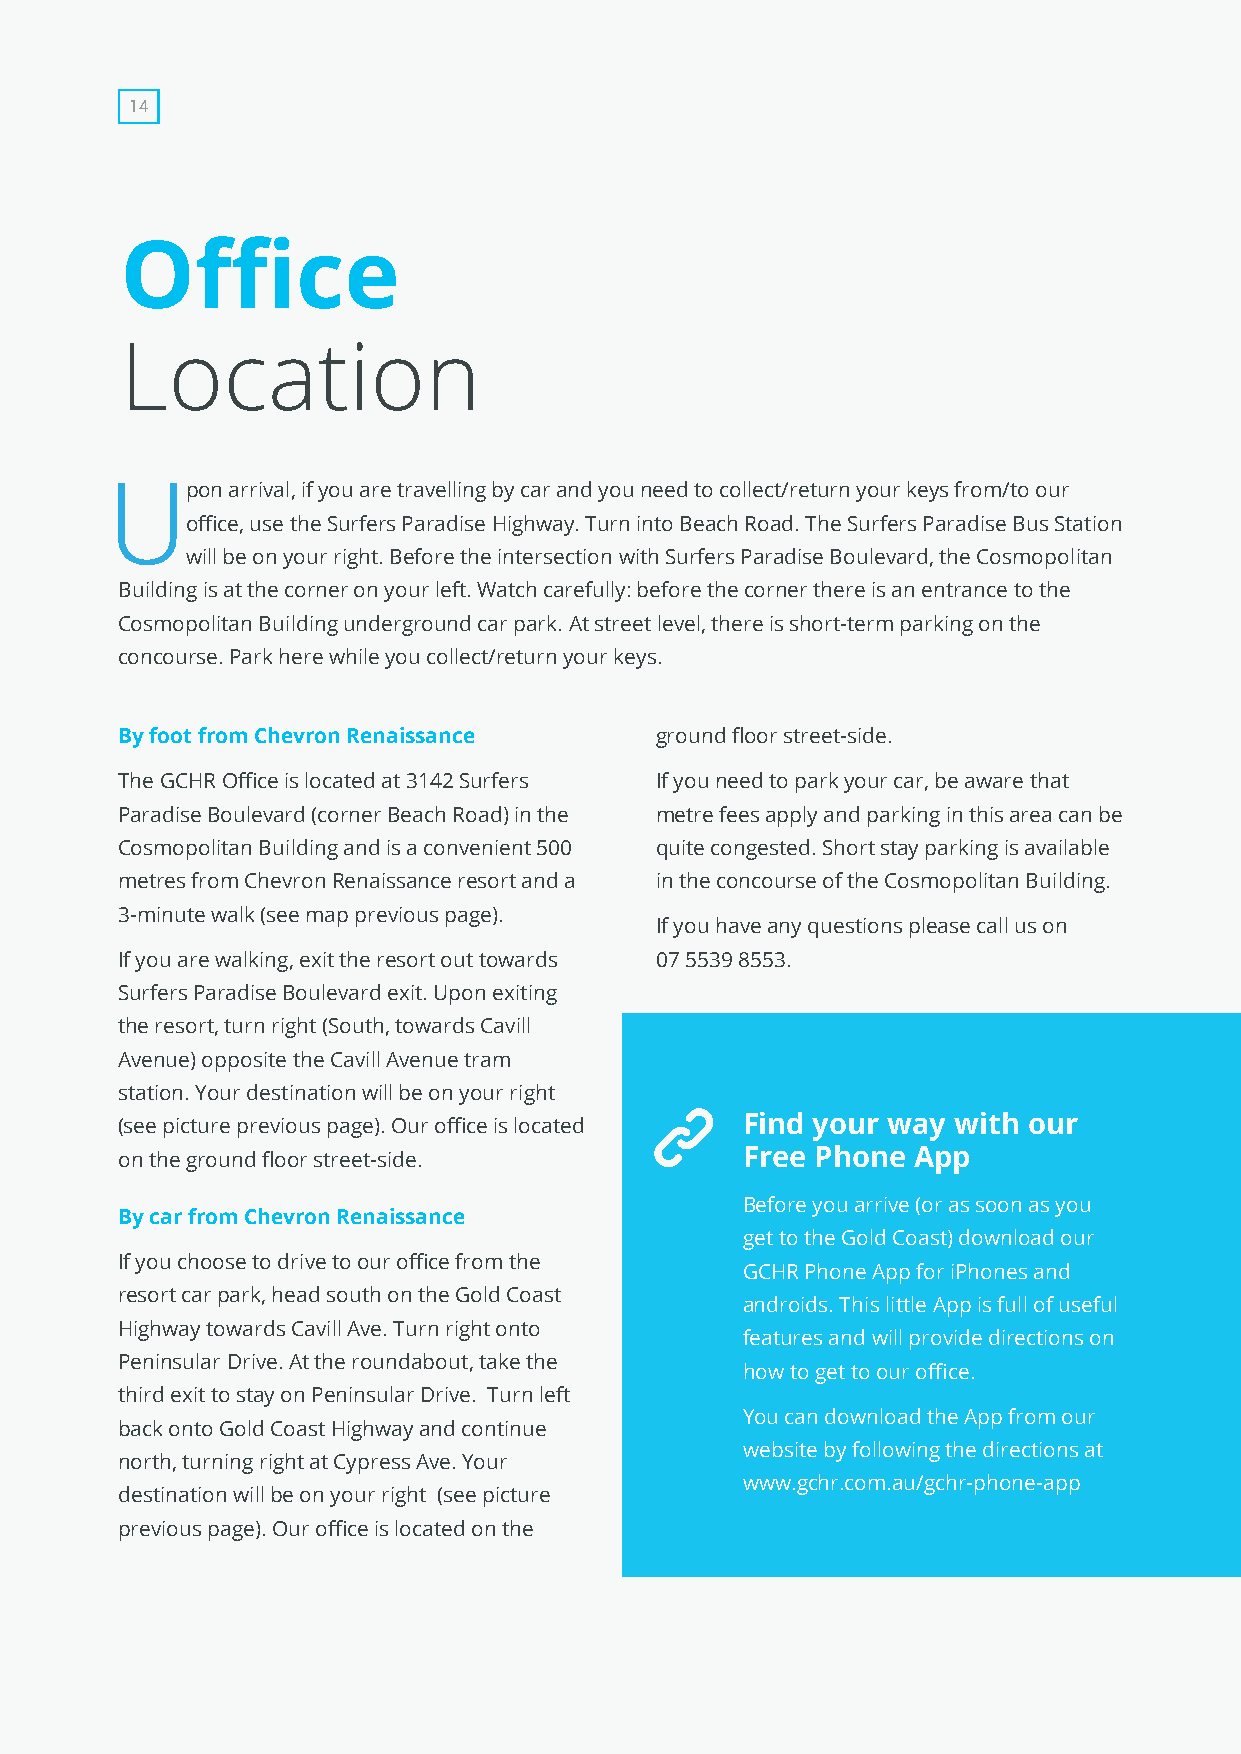
14
 Office
 Location
 Upon    arrival, if you are travelling by car and you need to collect/return your keys from/to our
 office, use the Surfers Paradise Highway. Turn into Beach Road. The Surfers Paradise Bus Station
 will be on your right. Before the intersection with Surfers Paradise Boulevard, the Cosmopolitan
 Building is at the corner on your left. Watch carefully: before the corner there is an entrance to the
 Cosmopolitan Building underground car park. At street level, there is short-term parking on the
 concourse. Park here while you collect/return your keys.
 By foot from Chevron Renaissance   ground floor street-side.
 The GCHR Office is located at 3142 Surfers If you need to park your car, be aware that
 Paradise Boulevard (corner Beach Road) in the metre fees apply and parking in this area can be
 Cosmopolitan Building and is a convenient 500 quite congested. Short stay parking is available
 metres from Chevron Renaissance resort and a in the concourse of the Cosmopolitan Building.
 3-minute walk (see map previous page).
 If you have any questions please call us on
 If you are walking, exit the resort out towards 07 5539 8553.
 Surfers Paradise Boulevard exit. Upon exiting
 the resort, turn right (South, towards Cavill
 Avenue) opposite the Cavill Avenue tram
 station. Your destination will be on your right
 (see picture previous page). Our office is located Find your way with our
 on the ground floor street-side.         Free Phone App
 Before you arrive (or as soon as you
 By car from Chevron Renaissance
 get to the Gold Coast) download our
 If you choose to drive to our office from the
 GCHR Phone App for iPhones and
 resort car park, head south on the Gold Coast
 androids. This little App is full of useful
 Highway towards Cavill Ave. Turn right onto
 features and will provide directions on
 Peninsular Drive. At the roundabout, take the
 how to get to our office.
 third exit to stay on Peninsular Drive. Turn left
 You can download the App from our
 back onto Gold Coast Highway and continue
 website by following the directions at
 north, turning right at Cypress Ave. Your
 www.gchr.com.au/gchr-phone-app
 destination will be on your right (see picture
 previous page). Our office is located on the